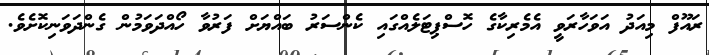
ރައޫފް މިއަދު އަވަހާރަވީ އެމެރިކާގެ ހޮސްޕިޓަލެއްގައި ކެންސަރު ބައްޔަށް ފަރުވާ ހޯއްދަވަމުން ގެންދަވަނިކޮށެެވެ.